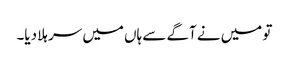
تو میں نے آگے سے ہاں میں سر ہلا دیا۔